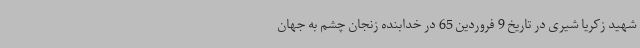
شهید زکریا شیری در تاریخ 9 فروردین 65 در خدابنده زنجان چشم به جهان